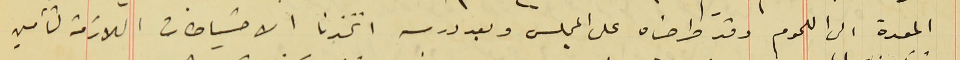
المعدة الى اللحوم وقد طرحناه على المجلس وبعد درسه اتخذنا الاحتياطات اللازمة لتأمين